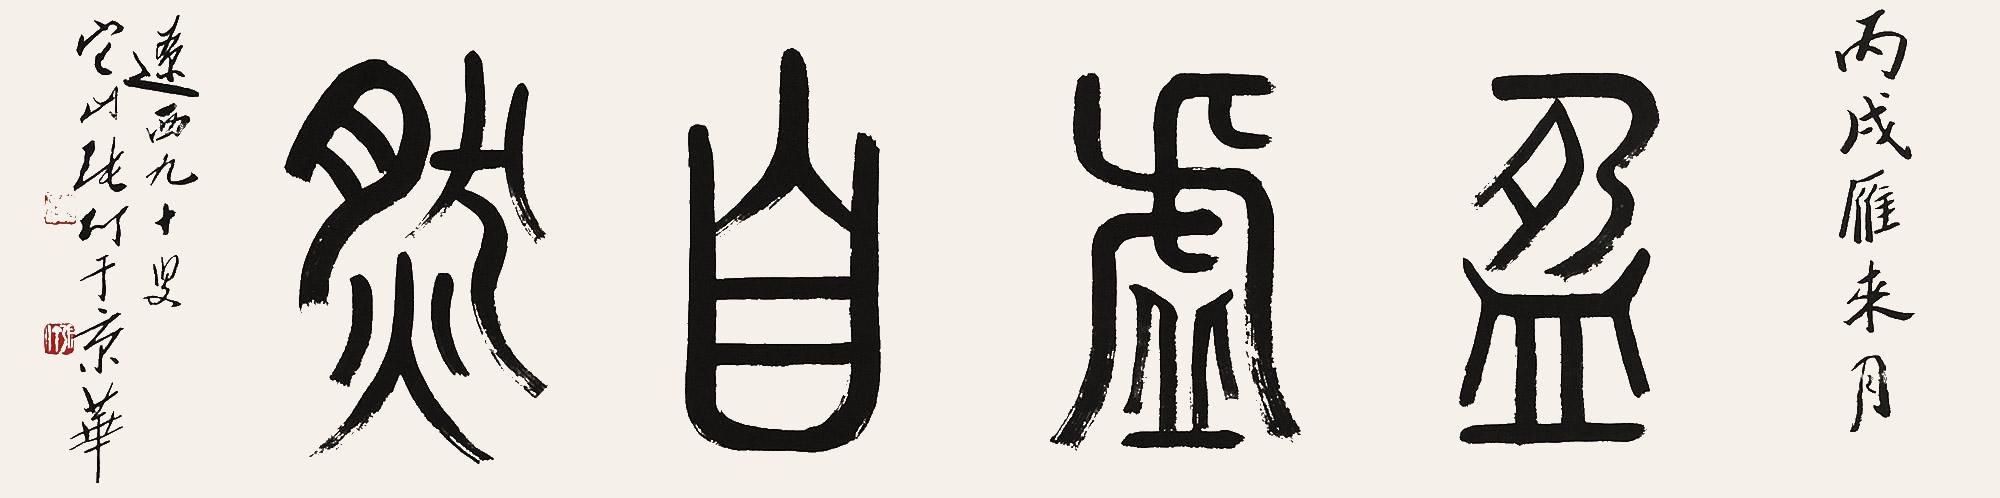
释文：盈虚自然丙戌雁来月，辽西九十叟它山张仃于京华。